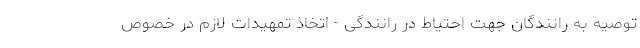
توصیه به رانندگان جهت احتیاط در رانندگی - اتخاذ تمهیدات لازم در خصوص